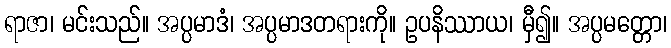
ရာဇာ၊ မင်းသည်။ အပ္ပမာဒံ၊ အပ္ပမာဒတရားကို။ ဥပနိဿာယ၊ မှီ၍။ အပ္ပမတ္တော၊